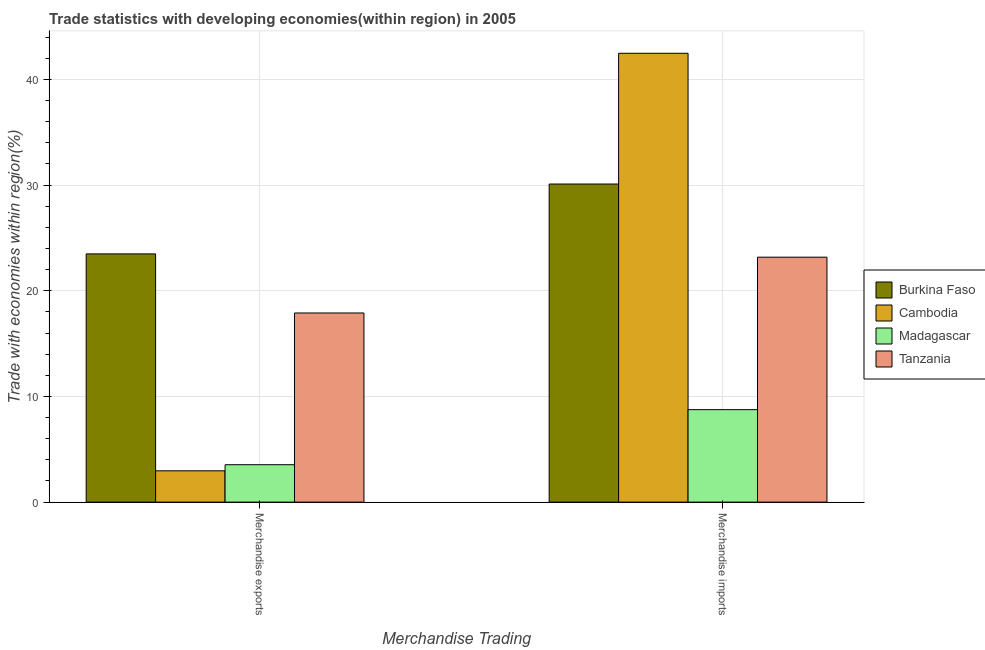
| Merchandise Trading | Burkina Faso | Cambodia | Madagascar | Tanzania |
 | --- | --- | --- | --- | --- |
 | Merchandise exports | 23.5 | 2.96 | 3.54 | 17.9 |
 | Merchandise imports | 30.1 | 42.5 | 8.75 | 23.2 |